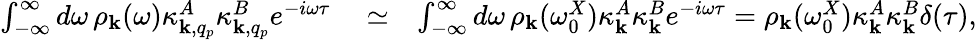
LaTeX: \begin{array}{rlr}{\int_{-\infty}^{\infty}d\omega\, \rho_{{\mathbf k}}(\omega)\kappa_{{\mathbf k},q_{p}}^{A}\kappa_{{\mathbf k},q_{p}}^{B}e^{-i\omega\tau}}&{{}\simeq}&{\int_{-\infty}^{\infty}d\omega\, \rho_{{\mathbf k}}(\omega_{0}^{X})\kappa_{{\mathbf k}}^{A}\kappa_{{\mathbf k}}^{B}e^{-i\omega\tau}=\rho_{{\mathbf k}}(\omega_{0}^{X})\kappa_{{\mathbf k}}^{A}\kappa_{{\mathbf k}}^{B}\delta(\tau),}\end{array}